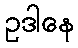
ဥဒါနေ